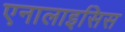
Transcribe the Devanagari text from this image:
एनालाइसिस